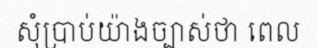
សុំប្រាប់យ៉ាងច្បាស់ថា ពេល